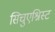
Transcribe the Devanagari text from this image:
सिचुएश्निस्ट